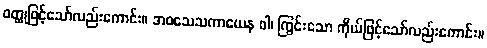
ဝတ္ထုဖြင့်သော်လည်းကောင်း။ အဝသေသကာယေန ဝါ၊ ကြွင်းသော ကိုယ်ဖြင့်သော်လည်းကောင်း။